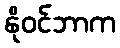
နိုဝင်ဘာက